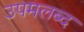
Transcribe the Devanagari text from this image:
उपमलब्द